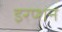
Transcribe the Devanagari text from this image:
इरप्शन